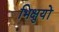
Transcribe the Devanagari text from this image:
भिक्षुयों